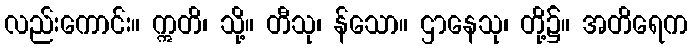
လည်းကောင်း။ ဣတိ၊ သို့။ တီသု၊ န်သော။ ဌာနေသု၊ တို့၌။ အတိရေက